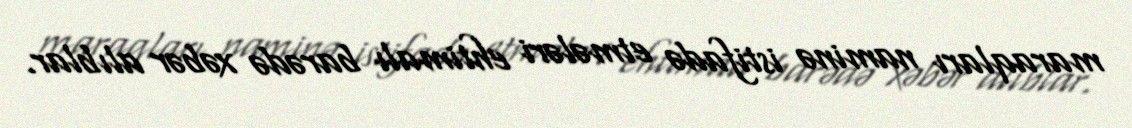
maraqları naminə istifadə etmələri ehtimalı barədə xəbər alıblar.